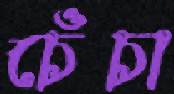
চেঁচা